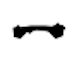
Text: -
Cross-out: single-line
Writing tool: digital_black